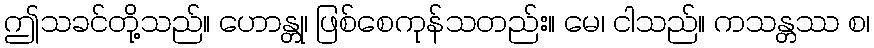
ဤသခင်တို့သည်။ ဟောန္တု၊ ဖြစ်စေကုန်သတည်း။ မေ၊ ငါသည်။ ကသန္တဿ စ၊